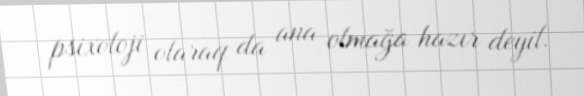
psixoloji olaraq da ana olmağa hazır deyil.